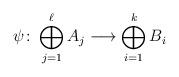
LaTeX: \begin{align*}\psi \colon \bigoplus_{j=1}^{\ell} A_{j} \longrightarrow \bigoplus_{i=1}^{k}B_{i}\end{align*}